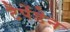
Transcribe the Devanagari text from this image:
टैपेंडेन